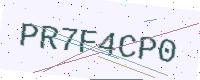
Text: PR7F4CP0